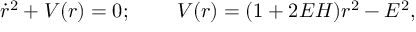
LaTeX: \dot { r } ^ { 2 } + V ( r ) = 0 ; \; \; \; \; \; \; \; \; V ( r ) = ( 1 + 2 E H ) r ^ { 2 } - E ^ { 2 } ,